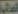
العالم